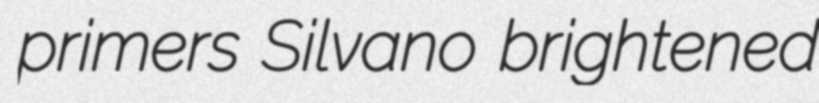
primers Silvano brightened